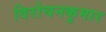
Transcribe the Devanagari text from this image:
विरोचनकुमार